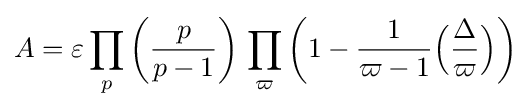
A=\varepsilon \prod _{p}{\biggl (}{\frac {p}{p-1}}{\biggr )}\,\prod _{\varpi }{\biggl (}1-{\frac {1}{\varpi -1}}{\Bigl (}{\frac {\Delta }{\varpi }}{\Bigr )}{\biggr )}